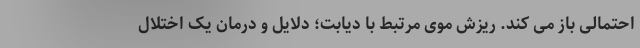
احتمالی باز می کند. ریزش موی مرتبط با دیابت؛ دلایل و درمان یک اختلال